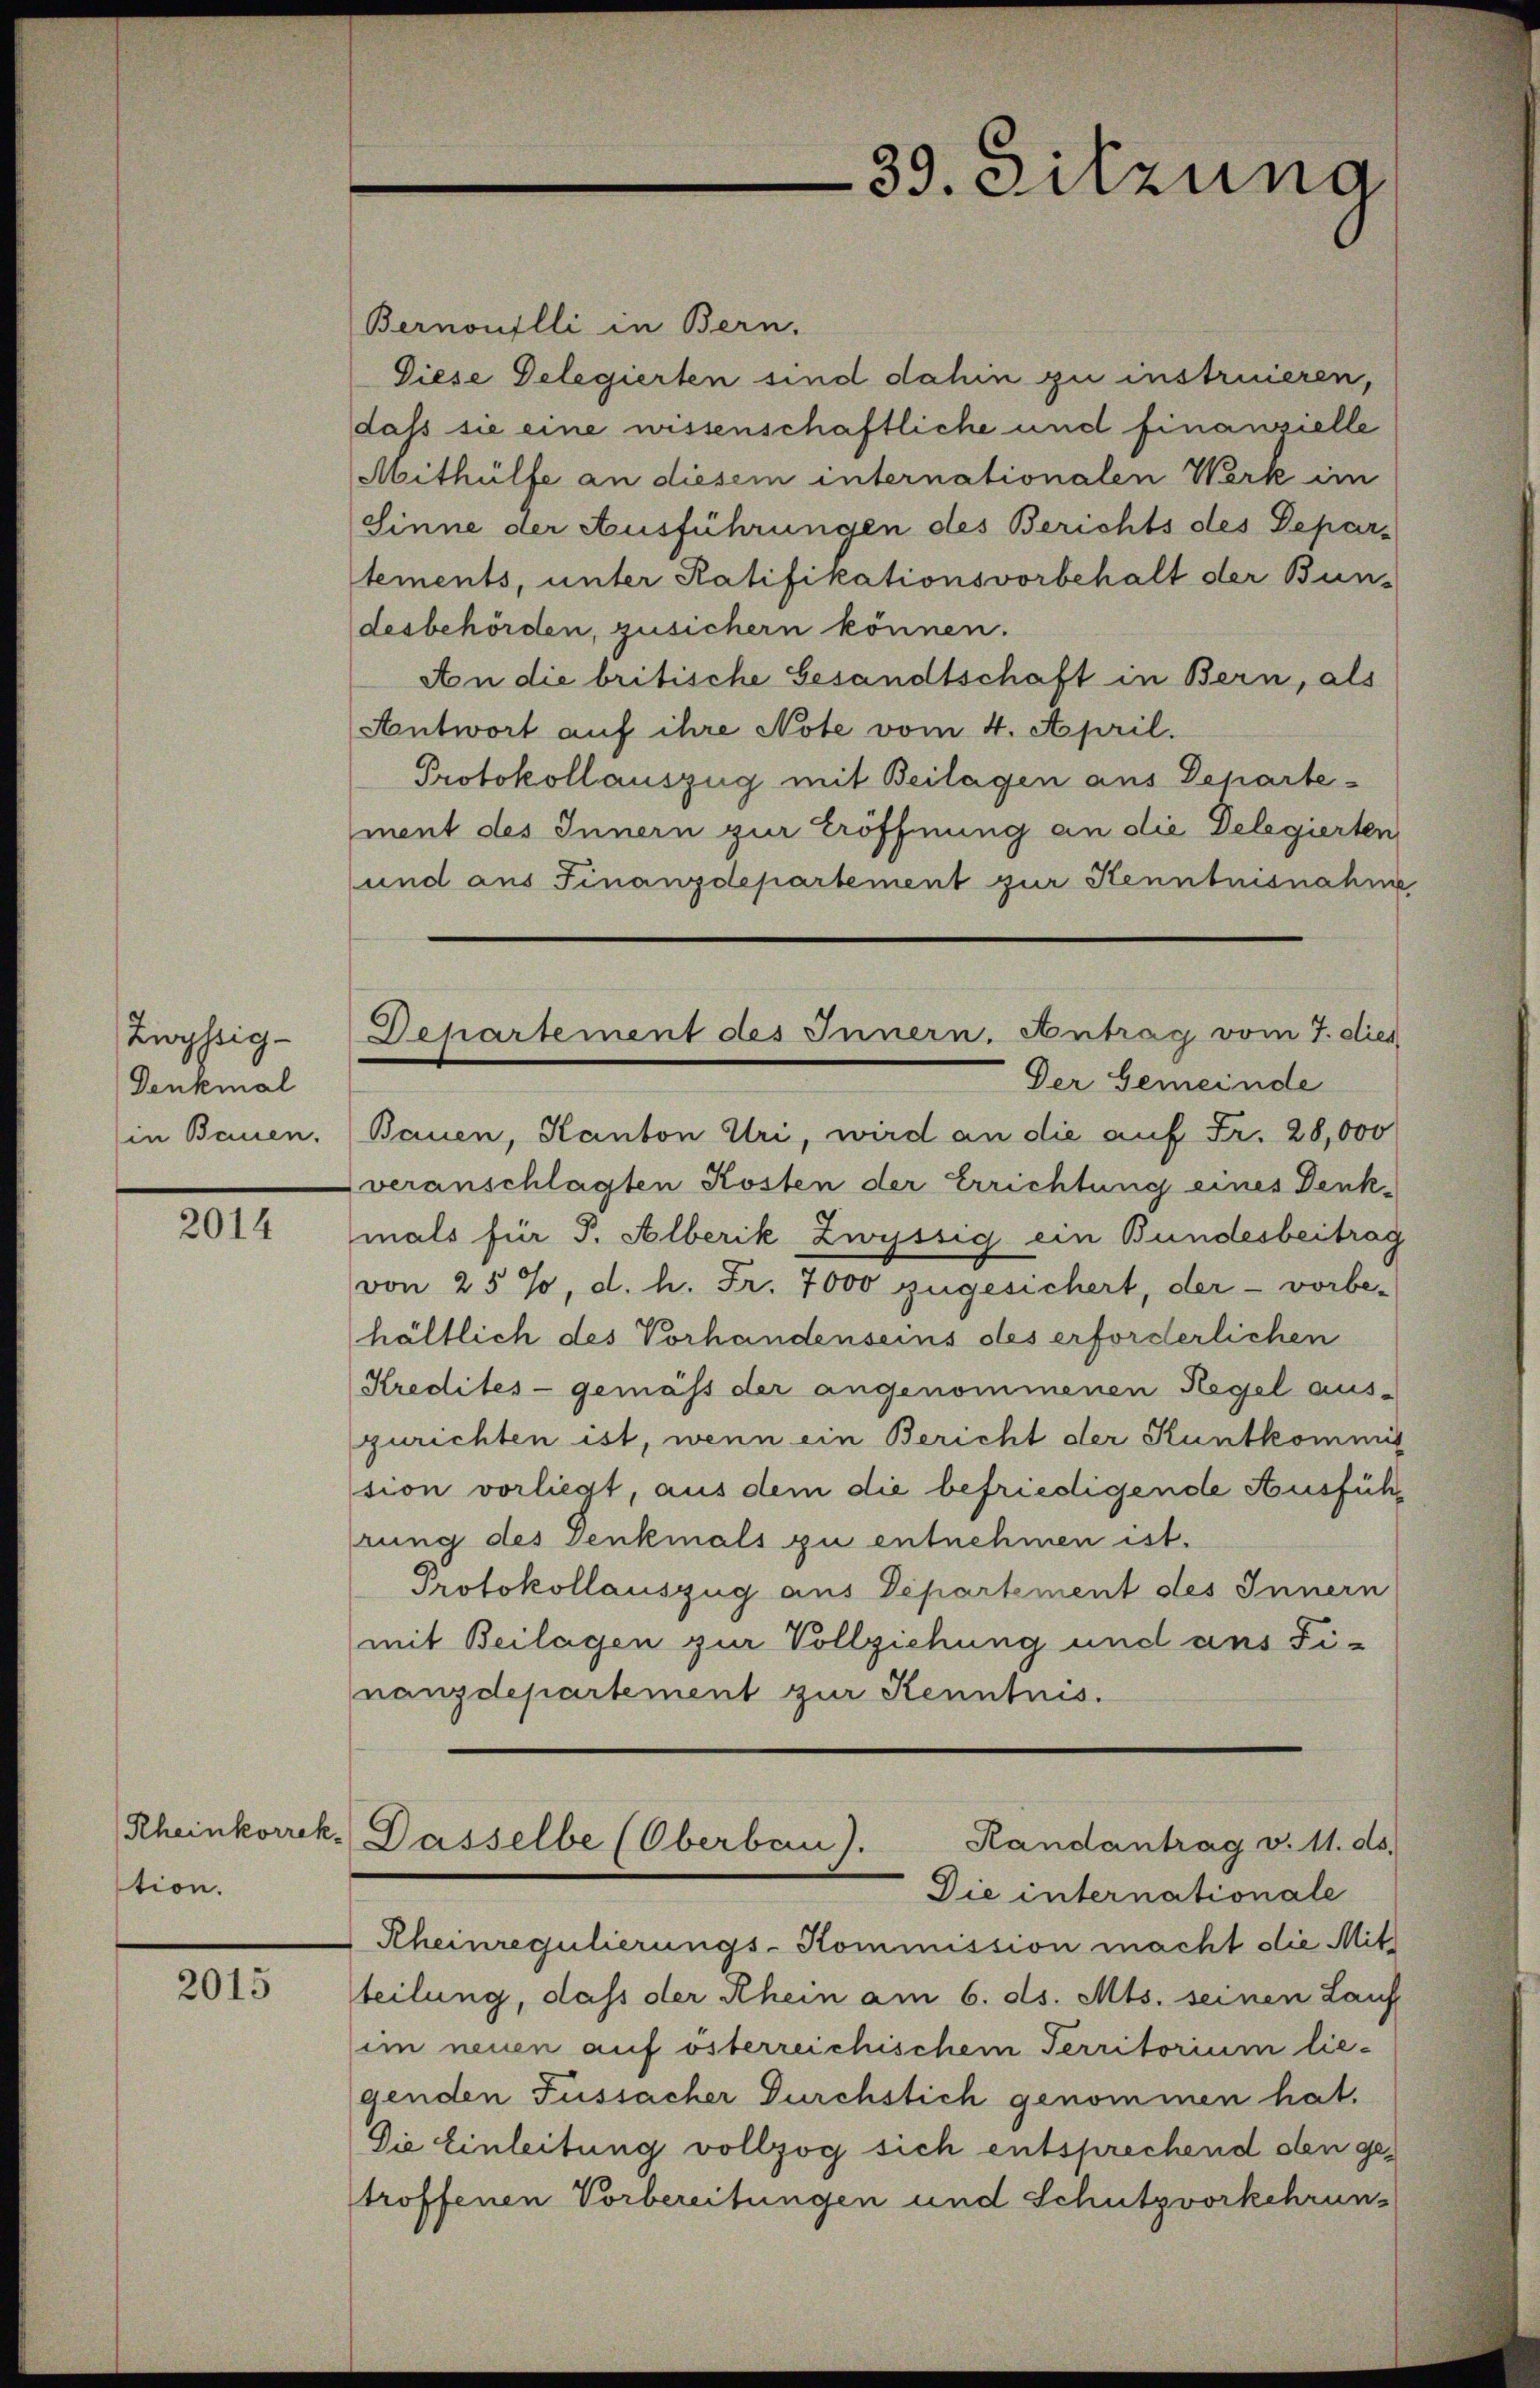
Zwyssig-
Denkmal
in Bauen.

2014

stion.

2015

Bernoulli in Bern.
Diese Delegierten sind dahin zu instruieren,
dass sie eine wissenschaftliche und finanzielle
Mithülfe an diesem internationalen Werk im
Sinne der Ausführungen des Berichts des Departements, unter Ratifikationsvorbehalt der Bun-
desbehörden, zusichern können.
An die britische Gesandtschaft in Bern, als
Antwort auf ihre Note vom 4. April.
Protokollauszug mit Beilagen aus Departement des Innern zur Eröffnung an die Delegierten
und aus Finanzdepartement zur Kenntnisnahme
Bauen, Kanton Uri, wird an die auf Fr. 28,000
veranschlagten Kosten der Errichtung eines Denk-
mals für P. Alberik Zwyssig ein Bundesbeitrag
von 25%, d. h. Fr. 7000 zugesichert, der - vorbe-
hältlich des Vorhandenseins des erforderlichen
Kredites - gemäss der angenommenen Regel aus-
zurichten ist, wenn ein Bericht der Kuntkommi
sion vorliegt, aus dem die befriedigende Ausführung des Denkmals zu entnehmen ist.
Protokollauszug aus Departement des Innern
mit Beilagen zur Vollziehung und ans Fi-
nanzdepartement zur Kenntnis.
Rheinkorrek. Dasselbe (Oberben).
Randantrag v. 11. ds.
Die internationale
Rheinregulierungs-Kommission macht die Mitteilung, daß der Rhein am 6. ds. Mts. seinen Lauf
im neuen auf österreichischem Territorium lie-
genden Fussacher Durchstich genommen hat.
Die Einleitung vollzog sich entsprechend den getroffenen Vorbereitungen und Schutzvorkehrung

39. Sitzung

Departement des Innern. Antrag vom 7. dies
Der Gemeinde